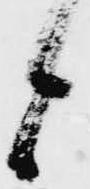
候